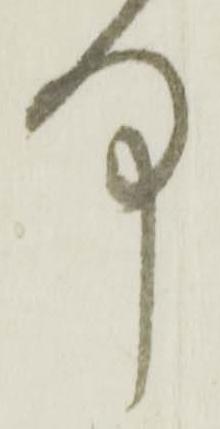
何